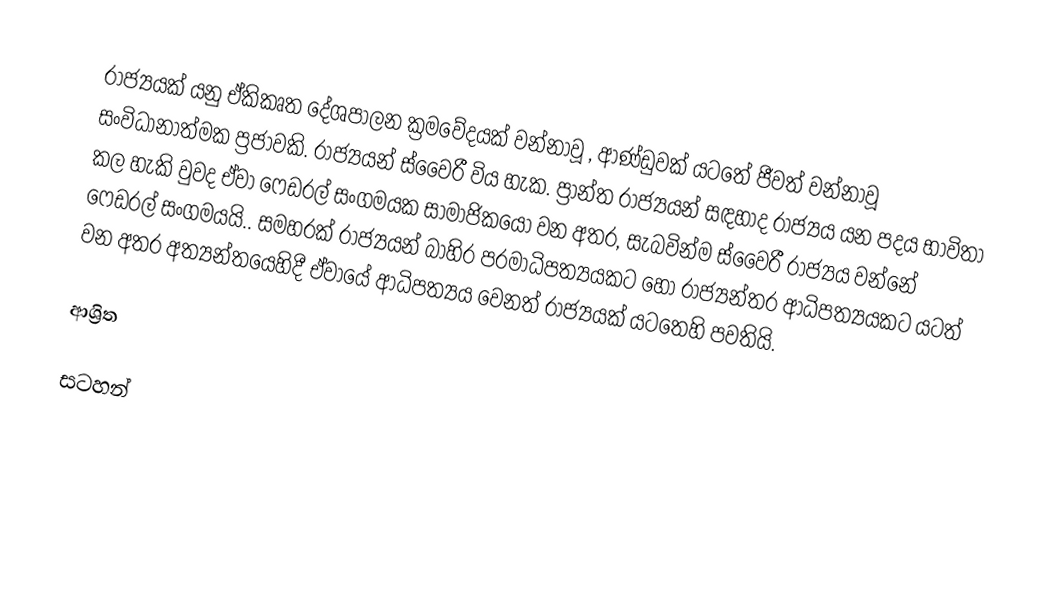
රාජ්‍යයක් යනු  ඒකිකෘත දේශපාලන ක්‍රමවේදයක් වන්නාවූ , ආණ්‍ඩුවක් යටතේ ජීවත් වන්නාවූ සංවිධානාත්මක ප්‍රජාවකි.  රාජ්‍යයන් ස්වෛරී විය හැක. ප්‍රාන්ත රාජ්‍යයන් සඳහාද රාජ්‍යය යන පදය භාවිතා කල හැකි වුවද ඒවා  ෆෙඩරල් සංගමයක සාමාජිකයෝ වන අතර, සැබවින්ම  ස්වෛරී රාජ්‍යය වන්නේ ෆෙඩරල් සංගමයයි.. සමහරක් රාජ්‍යයන් බාහිර පරමාධිපත්‍යයකට හෝ රාජ්‍යන්තර ආධිපත්‍යයකට යටත් වන අතර අත්‍යන්තයෙහිදී ඒවායේ ආධිපත්‍යය වෙනත් රාජ්‍යයක් යටතෙහි පවතියි.

ආශ්‍රිත

සටහන්